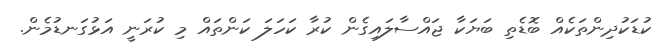
ކުޑަކުދިންތަކެއް ބޮޑެތި ބަޔަކާ ޖައްސާލައިގެން ކުރާ ކަހަލަ ކަންތައް މި ކުރަނީ އަޅުގަނޑުމެން.